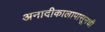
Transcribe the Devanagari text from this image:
अनादीकालापासूनची